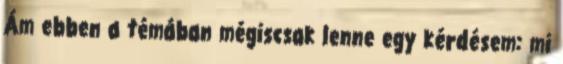
Ám ebben a témában mégiscsak lenne egy kérdésem: mi